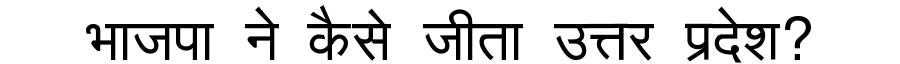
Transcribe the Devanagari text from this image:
भाजपा ने कैसे जीता उत्तर प्रदेश?